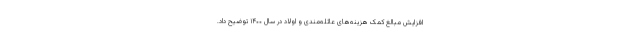
افزایش مبالغ کمک هزینه‌های عائله‌مندی و اولاد در سال ۱۴۰۰ توضیح داد.